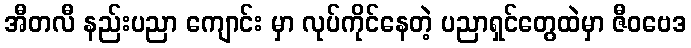
အီတလီ နည်းပညာ ကျောင်း မှာ လုပ်ကိုင်နေတဲ့ ပညာရှင်တွေထဲမှာ ဇီဝဗေဒ